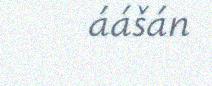
áášán